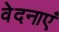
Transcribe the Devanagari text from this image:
वेदनाएं